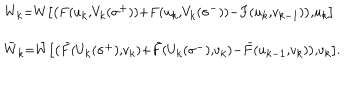
LaTeX: \begin{array} { l } { { ^ { W _ { k } = W \left[ \left( F ( u _ { k } , V _ { k } ( \sigma ^ { + } ) ) + F ( u _ { k } , V _ { k } ( \sigma ^ { - } ) ) - F ( u _ { k } , v _ { k - 1 } ) \right) , u _ { k } \right] } } } \\ { { _ { \bar { W } _ { k } = \bar { W } \left[ \left( \bar { F } ( U _ { k } ( \sigma ^ { + } ) , v _ { k } ) + \bar { F } ( U _ { k } ( \sigma ^ { - } ) , v _ { k } ) - \bar { F } ( u _ { k - 1 } , v _ { k } ) \right) , v _ { k } \right] . } } } \\ \end{array}